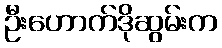
ဦးဟောက်ဒိုဆွမ်းက